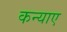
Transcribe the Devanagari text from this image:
कन्याए